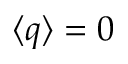
\langle q \rangle = 0